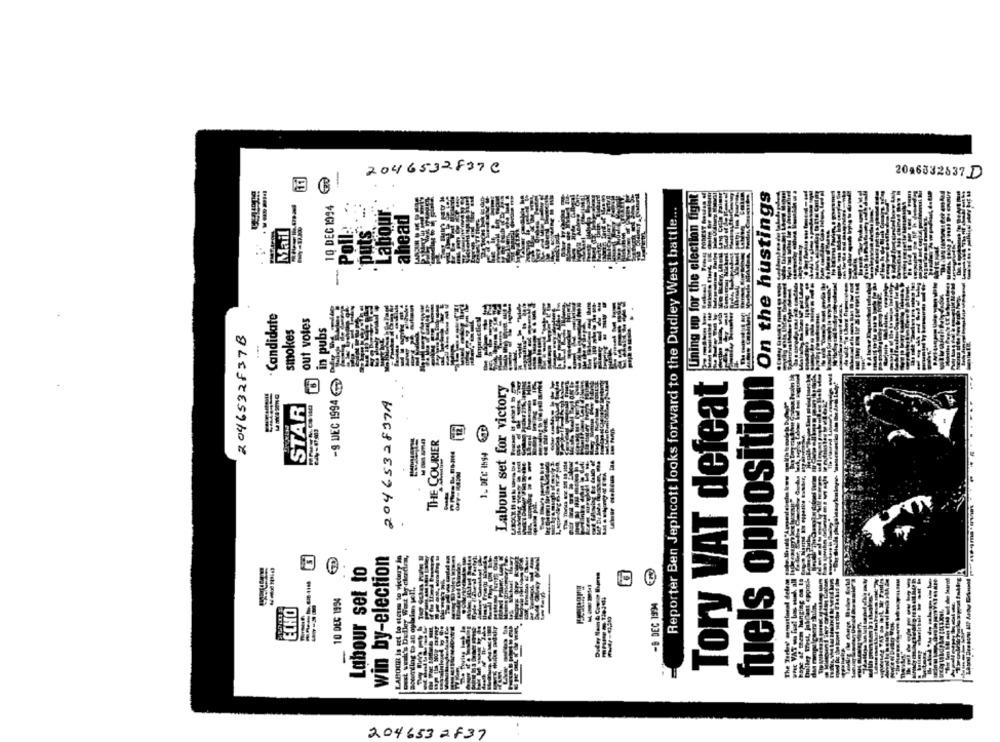
2046532837C
2046332837 D
.----
C
Lining up for the election fight
On the hustings
10 DEG 1094
Reporter Ben Jephcott looks forward to the Dudley West battle ...
Labour
ahead
Poll-
puts"
Mail
-
. Candidate
out votes
smokes
in pubs
2046532837B
-9 DEC 1994
fuels opposition
Labour set for victory
Tory VAT defeat
2046532837A
STAR
THE COURIER
1. DEC 1994
win by-election
Labour set to
10 DEG 1994
hope if mem hanging
ECHO
-B DEC 1994
2046532837